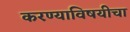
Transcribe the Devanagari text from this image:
करण्याविषयीचा